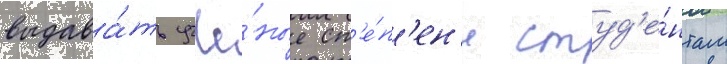
выдава́ть учё́ные ст'е́п'ен'и студ'е́нтам